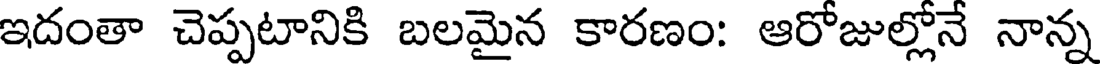
ఇదంతా చెప్పటానికి బలమైన కారణం: ఆరోజుల్లోనే నాన్న